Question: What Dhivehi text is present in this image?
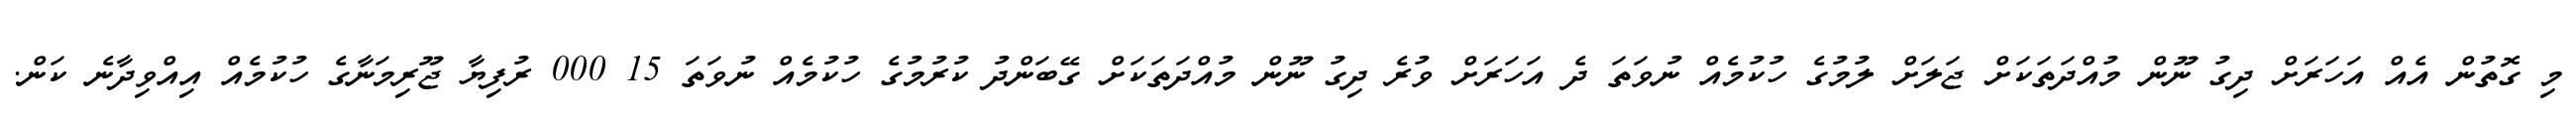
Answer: މި ގޮތުން އެއް އަހަރަށް ދިގު ނޫން މުއްދަތަކަށް ޖަލަށް ލުމުގެ ހުކުމެއް ނުވަތަ ދެ އަހަރަށް ވުރެ ދިގު ނޫން މުއްދަތަކަށް ގޭބަންދު ކުރުމުގެ ހުކުމެއް ނުވަތަ 15 000 ރުފިޔާ ޖޫރިމަނާގެ ހުކުމެއް އިއްވިދާނެ ކަން.